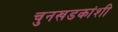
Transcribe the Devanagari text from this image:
चुनखडकांशी